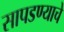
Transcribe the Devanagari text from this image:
सापडण्याचे